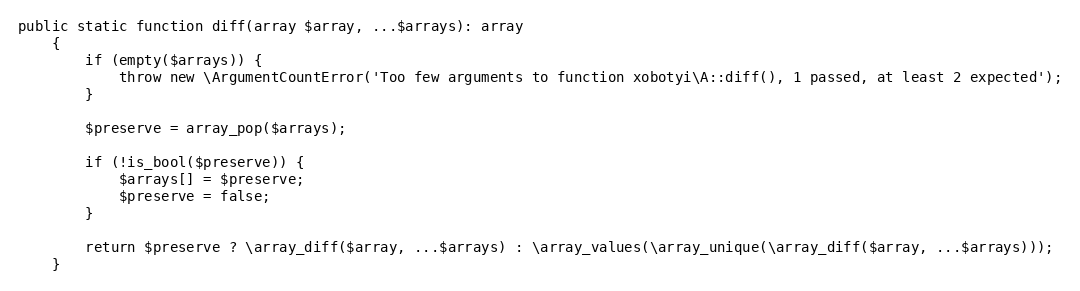
Language: PHP
public static function diff(array $array, ...$arrays): array
    {
        if (empty($arrays)) {
            throw new \ArgumentCountError('Too few arguments to function xobotyi\A::diff(), 1 passed, at least 2 expected');
        }

        $preserve = array_pop($arrays);

        if (!is_bool($preserve)) {
            $arrays[] = $preserve;
            $preserve = false;
        }

        return $preserve ? \array_diff($array, ...$arrays) : \array_values(\array_unique(\array_diff($array, ...$arrays)));
    }